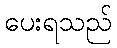
ပေးရသည်